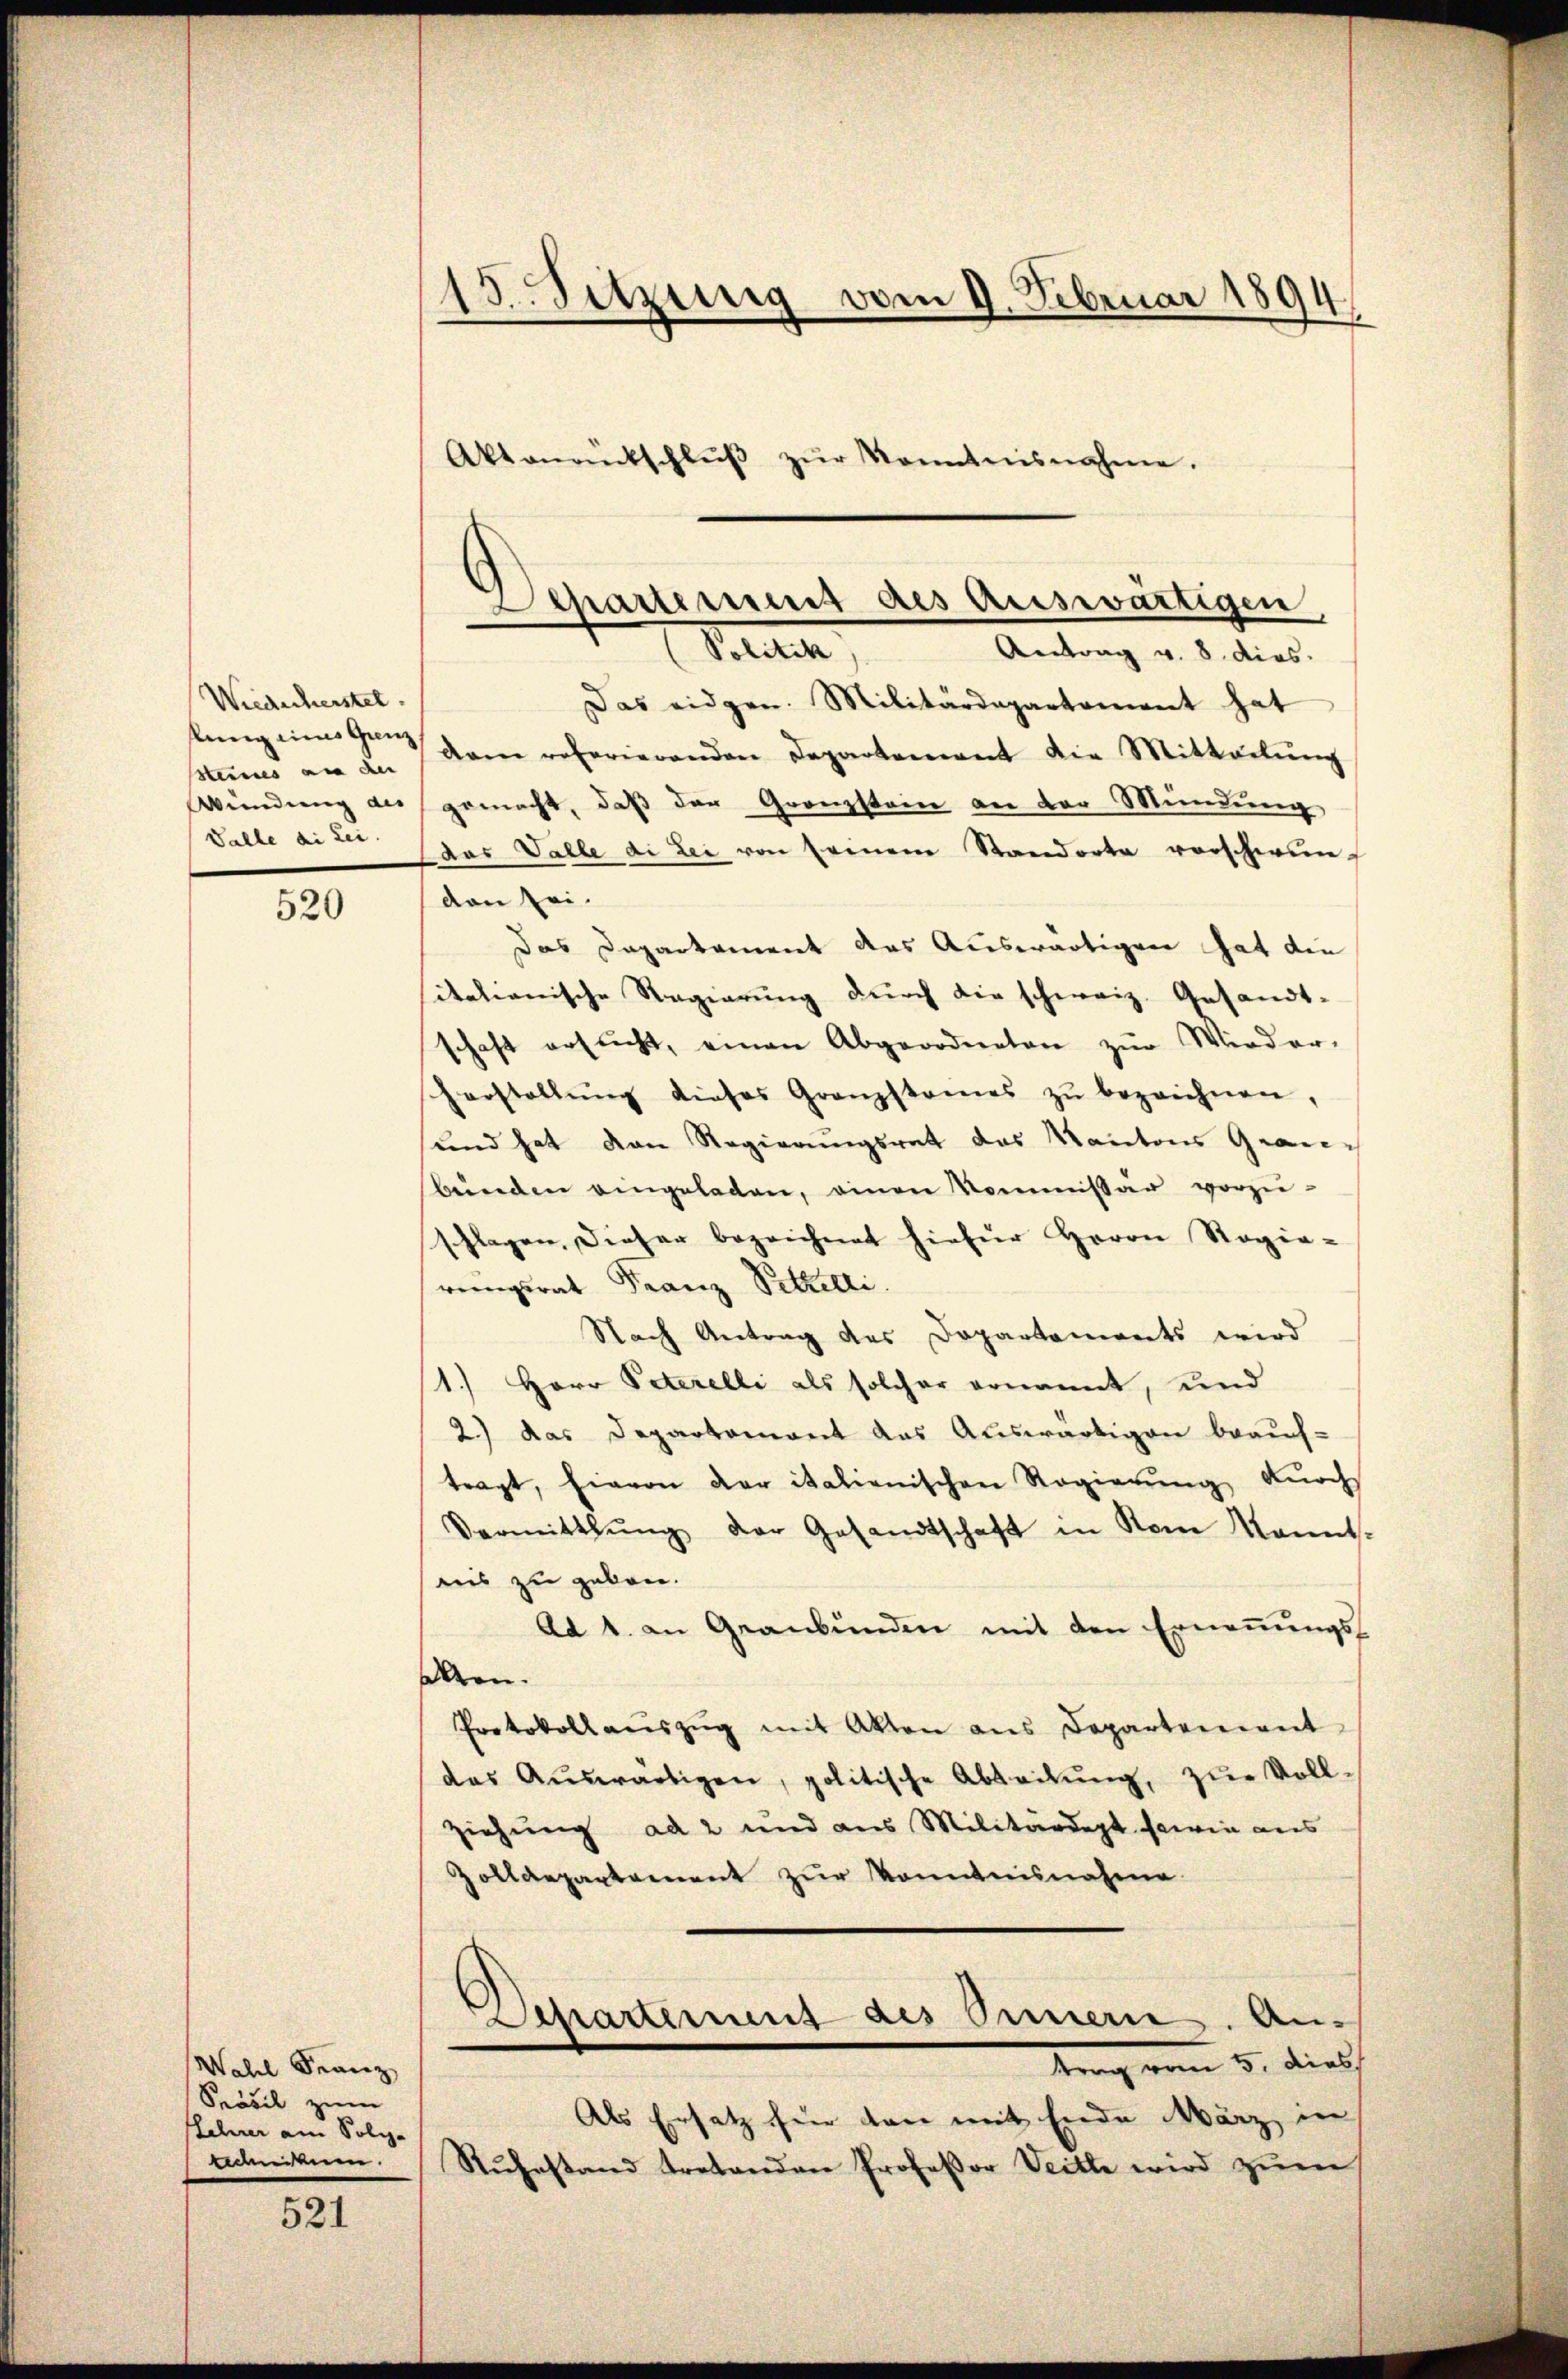
Wiederherstel
fung eins Ganz
Steines an der
Wündung des
Valle ai sei.

520

Wahel Franz
Pröbil zum
Lehrer am Poli-
rednerteien.

521

15. Sitzung vom 9. Februar 1894

Aktandtschlŭβ zŭr Kenntnisnahme.

Separtement des auswärtigen,
(Politik
Antrag v. 8. dies

Das eidgen. Militärdepartament hat
dam referierenden Departement die Mitteilŭng
gemacht, daß der Grenzstein an der Mündung
das Valle di Sei von seinem Standorte verschwin-
den sei.
Das Departement des Auswärtigen hat die
sitationische Regierung durch die schweiz. Gesandt-
schaft ersŭcht, einen Abgeordneten zŭr Wieder-
harstellŭng dieses Granzstames zŭ bezeichnen,
und hat den Regierungsrat das Kantons Granbŭnden angeladen, einen Kommissär vorzŭ-
schlagen, dieser bezeichnet hiefür Herrn Regie-
rungsrat Franz Pelzelli
Nach Antrag des Dopartements wird
1.) Herr Peterelli als solcher ernannt, und
2.) Das Departemont das Auswärtigen beauf-
tragt, hievon der italienischen Regierŭng durchs
Vermitthŭng der Gesandtschaft in Rom kannt-
nis zu geben.
ad 1. an Graubünden mit den Ernennungsalten.
Protokoll aŭszŭg mit Akten ans Departement
das Aŭswärtigen, politische Abteilŭng, zŭr Voll-
ziehung ad 2 und aus Militärdept sowie aus
Zolldepartement zur Kenntnisnahme
parens als Innern Antrag vom 5. dies
Als Ersatz hier dan mit Ende März in
Ruhestand tretenden Professor Veitte wird zum